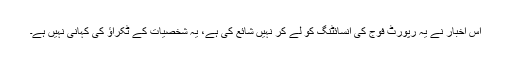
اس اخبار نے یہ رپورٹ فوج کی انسائٹنگ کو لے کر نہیں شائع کی ہے، یہ شخصیات کے ٹکراؤ کی کہانی نہیں ہے۔